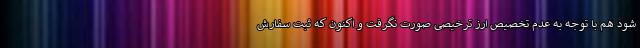
شود هم با توجه به عدم تخصیص ارز ترخیصی صورت نگرفت و اکنون که ثبت سفارش